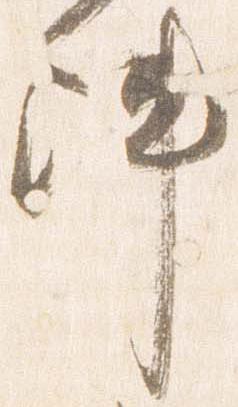
陣